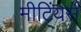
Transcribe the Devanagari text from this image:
मीटिंयर्स